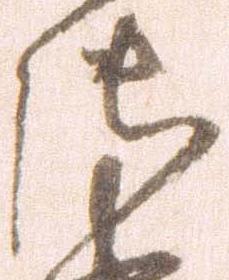
御